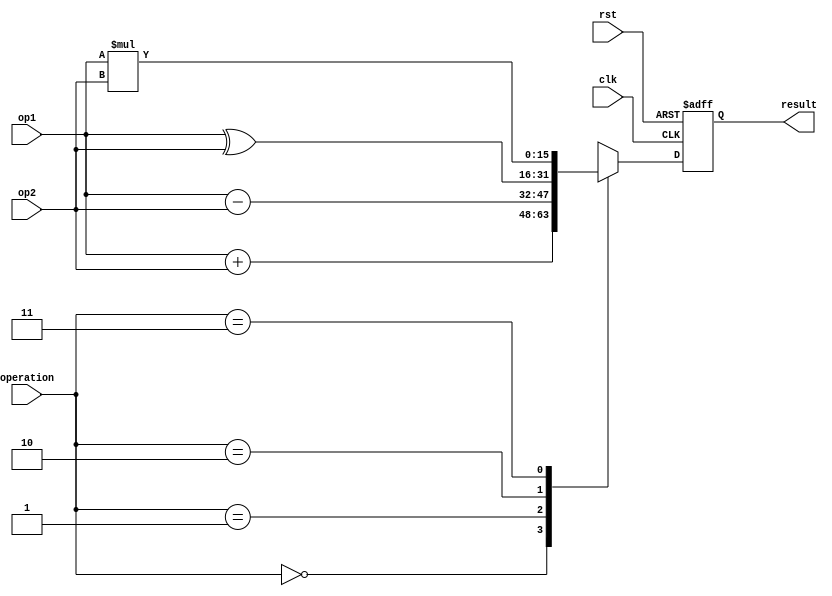
module sequential_alu(
  input wire clk,
  input wire rst,
  input wire [15:0] op1,
  input wire [15:0] op2,
  input wire [1:0] operation,
  output wire [15:0] result
);

  reg [15:0] accumulator;

  always @(posedge clk or posedge rst) begin
    if (rst)
      accumulator <= 0;
    else begin
      case (operation)
        2'b00: // Addition
          accumulator <= op1 + op2;
        2'b01: // Subtraction
          accumulator <= op1 - op2;
        2'b10: // XOR
          accumulator <= op1 ^ op2;
        2'b11: // Multiplication
          accumulator <= op1 * op2;
      endcase
    end
  end

  assign result = accumulator;

endmodule